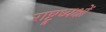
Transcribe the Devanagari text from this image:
राष्ट्रध्यक्षों